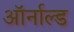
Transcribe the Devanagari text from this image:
ऑर्नाल्ड